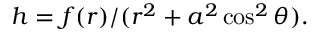
h = f ( r ) / ( r ^ { 2 } + a ^ { 2 } \cos ^ { 2 } \theta ) .